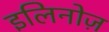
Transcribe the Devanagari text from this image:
इलिनोज़